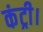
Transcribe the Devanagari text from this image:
कंट्री।